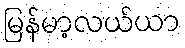
မြန်မာ့လယ်ယာ